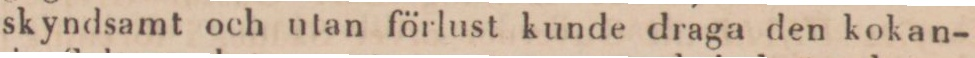
skyndsamt och utan förlust kunde draga den kokan-